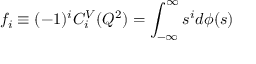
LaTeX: f _ { i } \equiv ( - 1 ) ^ { i } C _ { i } ^ { V } ( Q ^ { 2 } ) = \int _ { - \infty } ^ { \infty } s ^ { i } d \phi ( s )